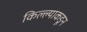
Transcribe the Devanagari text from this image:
किल्ल्याकडून